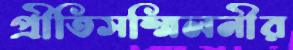
প্রীতিসম্মিলনীর